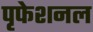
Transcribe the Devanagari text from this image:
पृफेशनल